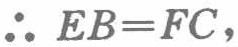
\(\therefore EB = FC,\)